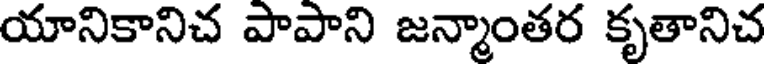
యానికానిచ పాపాని జన్మాంతర కృతానిచ